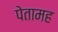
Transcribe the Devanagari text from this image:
पेतामह